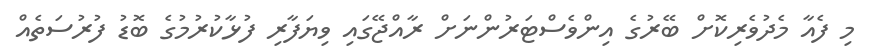
މި ފެއާ މެދުވެރިކޮށް ބޭރުގެ އިންވެސްޓަރުންނަށް ރާއްޖޭގައި ވިޔަފާރި ފުޅާކުރުމުގެ ބޮޑު ފުރުސަތެއް